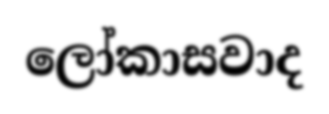
ලෝකාසවාද